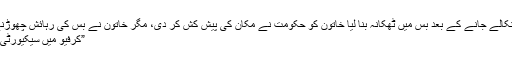
سعودی خاتون نے کرائے کے مکان سے نکالے جانے کے بعد بس میں ٹھکانہ بنا لیا خاتون کو حکومت نے مکان کی پیش کش کر دی، مگر خاتون نے بس کی رہائش چھوڑنے سے انکار کر دیا اُردو پوائنٹ انٹرنیشنل
”کرفیو میں سیکیورٹی اہلکاروں کو کیسے بے وقوف بنایا جائے؟